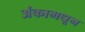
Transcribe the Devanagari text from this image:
अंकामधून